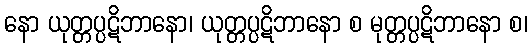
နော ယုတ္တပ္ပဋိဘာနော၊ ယုတ္တပ္ပဋိဘာနော စ မုတ္တပ္ပဋိဘာနော စ၊